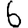
Digit: 6